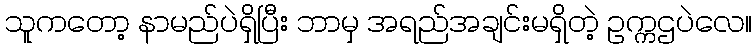
သူကတော့ နာမည်ပဲရှိပြီး ဘာမှ အရည်အချင်းမရှိတဲ့ ဥက္ကဌပဲလေ။